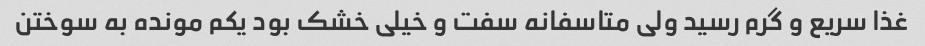
غذا سریع و گرم رسید ولی متاسفانه سفت و خیلی خشک بود یکم مونده به سوختن